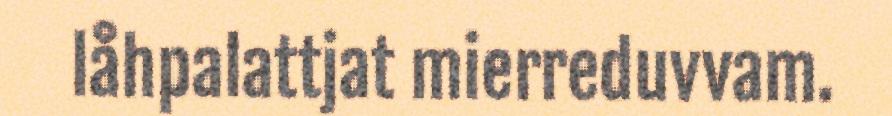
låhpalattjat mierreduvvam.